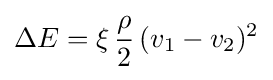
\Delta E=\xi \,{\frac {\rho }{2}}\,(v_{1}-v_{2})^{2}